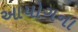
આયોગના